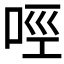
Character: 𠲮